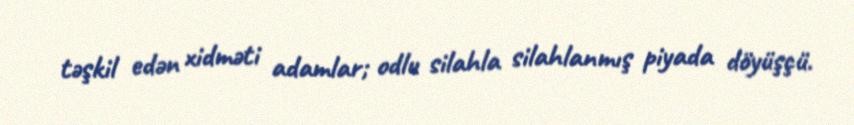
təşkil edən xidməti adamlar; odlu silahla silahlanmış piyada döyüşçü.